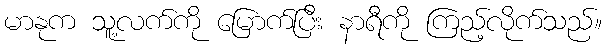
မာနုက သူ့လက်ကို မြောက်ပြီး နာရီကို ကြည့်လိုက်သည်။